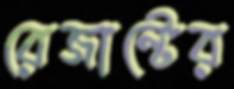
রেজাল্টের